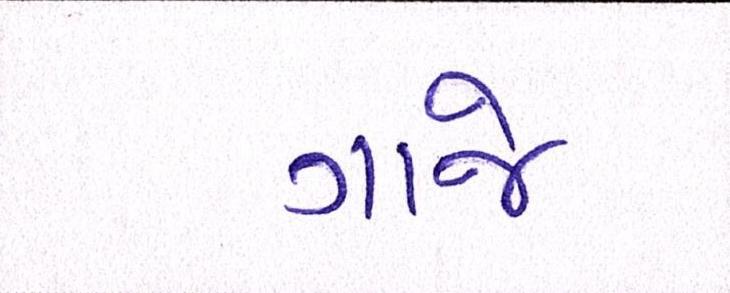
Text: ગાજે